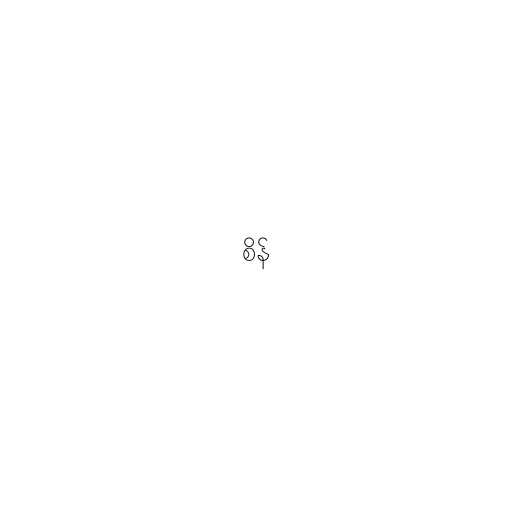
စိန်